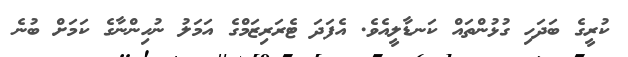
ކުރީގެ ބަދަހި ގުޅުންތައް ކަނޑާލީއެވެ. އެފަދަ ޓެރަރިޒަމްގެ އަމަލު ނުހިންނާގެ ކަމަށް ބުނެ